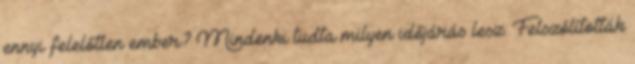
ennyi felelőtlen ember? Mindenki tudta milyen időjárás lesz. Felszólították